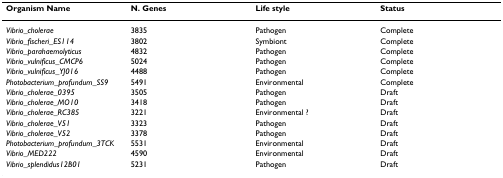
<table><thead><tr><td><b>Organism Name</b></td><td><b>N. Genes</b></td><td><b>Life style</b></td><td><b>Status</b></td></tr></thead><tbody><tr><td><i>Vibrio_cholerae</i></td><td>3835</td><td>Pathogen</td><td>Complete</td></tr><tr><td><i>Vibrio_fischeri_ES114</i></td><td>3802</td><td>Symbiont</td><td>Complete</td></tr><tr><td><i>Vibrio_parahaemolyticus</i></td><td>4832</td><td>Pathogen</td><td>Complete</td></tr><tr><td><i>Vibrio_vulnificus_CMCP6</i></td><td>5024</td><td>Pathogen</td><td>Complete</td></tr><tr><td><i>Vibrio_vulnificus_YJ016</i></td><td>4488</td><td>Pathogen</td><td>Complete</td></tr><tr><td><i>Photobacterium_profundum_SS9</i></td><td>5491</td><td>Environmental</td><td>Complete</td></tr><tr><td><i>Vibrio_cholerae_0395</i></td><td>3505</td><td>Pathogen</td><td>Draft</td></tr><tr><td><i>Vibrio_cholerae_MO10</i></td><td>3418</td><td>Pathogen</td><td>Draft</td></tr><tr><td><i>Vibrio_cholerae_RC385</i></td><td>3221</td><td>Environmental ?</td><td>Draft</td></tr><tr><td><i>Vibrio_cholerae_V51</i></td><td>3323</td><td>Pathogen</td><td>Draft</td></tr><tr><td><i>Vibrio_cholerae_V52</i></td><td>3378</td><td>Pathogen</td><td>Draft</td></tr><tr><td><i>Photobacterium_profundum_3TCK</i></td><td>5531</td><td>Environmental</td><td>Draft</td></tr><tr><td><i>Vibrio_MED222</i></td><td>4590</td><td>Environmental</td><td>Draft</td></tr><tr><td><i>Vibrio_splendidus12B01</i></td><td>5231</td><td>Pathogen</td><td>Draft</td></tr></tbody></table>